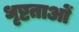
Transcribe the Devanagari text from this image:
धृष्टताओं